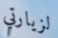
لزيارتي